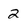
Character: 2